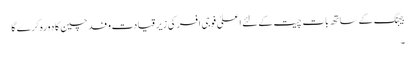
بیجنگ کے ساتھ بات چیت کےلئے اعلیٰ فوجی افسر کی زیر قیادت وفد چین کا دورہ کرے گا
۔